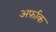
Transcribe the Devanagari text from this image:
अर्फ़ाक